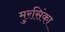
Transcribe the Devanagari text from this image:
मुरसिंका